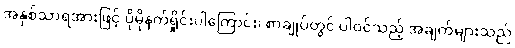
အနှစ်သာရအားဖြင့် ပိုမိုနက်ရှိုင်းပါကြောင်း၊ စာချုပ်တွင် ပါဝင်သည့် အချက်များသည်